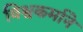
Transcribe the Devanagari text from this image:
विश्वकर्माने